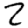
Digit: 2